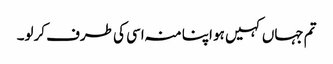
تم جہاں کہیں ہو اپنا منہ اسی کی طرف کرلو۔